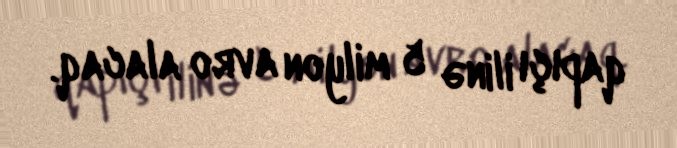
qapıçı ilinə 5 milyon avro alacaq.